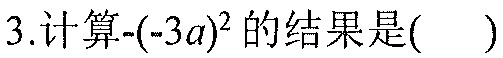
3.计算\(-(-3a)^{2}\)的结果是( )